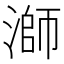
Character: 溮